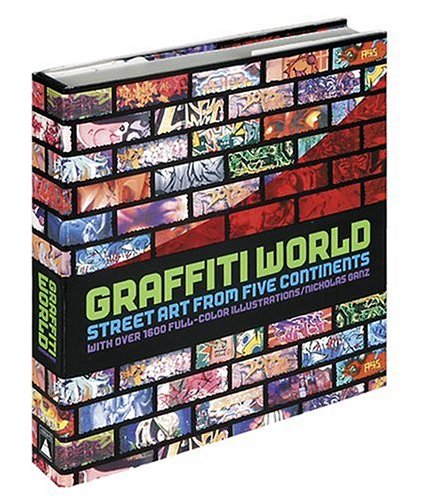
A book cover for Graffiti World: Street Art from Five Continents; Nicholas Ganz; Arts & Photography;